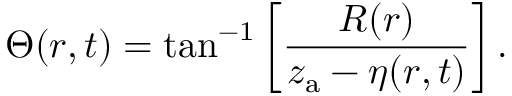
\Theta ( r , t ) = \tan ^ { - 1 } \left[ \frac { R ( r ) } { z _ { \mathrm { a } } - \eta ( r , t ) } \right] .